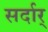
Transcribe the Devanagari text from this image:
सर्दार्